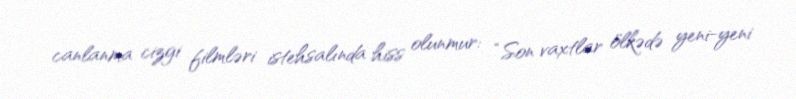
canlanma cizgi filmləri istehsalında hiss olunmur: “Son vaxtlar ölkədə yeni-yeni